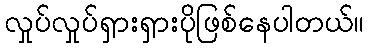
လှုပ်လှုပ်ရှားရှားပိုဖြစ်နေပါတယ်။